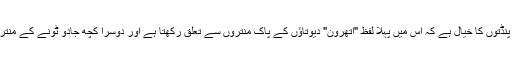
اسی وجہ سے کچھ پنڈتوں کا خیال ہے کہ اس میں پہلا لفظ "اتھرون" دیوتاؤں کے پاک منتروں سے تعلق رکھتا ہے اور دوسرا کچھ جادو ٹونے کے منتروں سے متعلق ہے۔